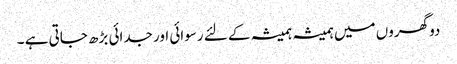
دو گھروں میں ہمیشہ ہمیشہ کے لئے رسوائی اور جدائی بڑھ جاتی ہے ۔